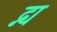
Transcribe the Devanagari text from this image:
द्न्य